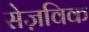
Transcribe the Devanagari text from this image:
सेज़विक